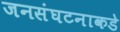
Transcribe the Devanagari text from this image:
जनसंघटनाकडे